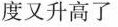
度又升高了